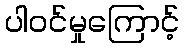
ပါဝင်မှုကြောင့်